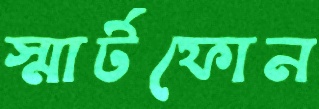
স্মার্টফোন